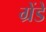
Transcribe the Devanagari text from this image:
ग्रेंडे